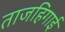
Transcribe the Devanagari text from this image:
ताजहिगाई